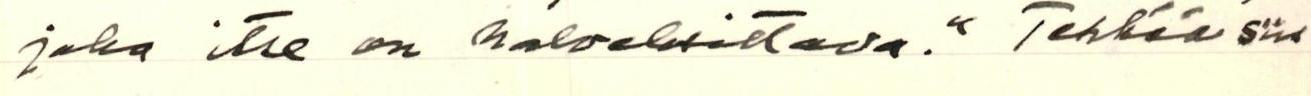
joka itse on halveksittava." Tehkää siis